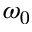
\omega _ { 0 }